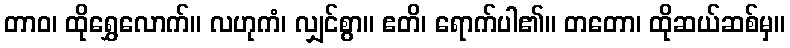
တာဝ၊ ထိုရွှေလောက်။ လဟုကံ၊ လျှင်စွာ။ ဧတိ၊ ရောက်ပါ၏။ တတော၊ ထိုဆယ်ဆစ်မှ။